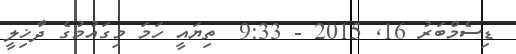
ޑިސެމްބަރު 16